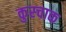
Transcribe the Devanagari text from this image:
कुस्चाक